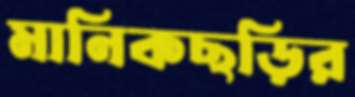
মানিকছড়ির